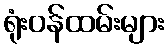
ရုံးဝန်ထမ်းများ